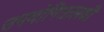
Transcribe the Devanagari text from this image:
उपयोगितालक्षी